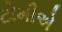
ટોમીએ